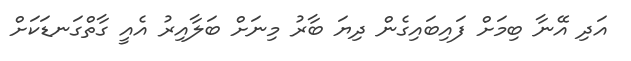
އަދި އޭނާ ބިމަށް ފައިބައިގެން ދިޔަ ބާރު މިނަށް ބަލާއިރު އެއީ ގާތްގަނޑަކަށް